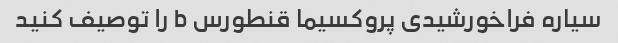
سیاره فراخورشیدی پروکسیما قنطورس b را توصیف کنید